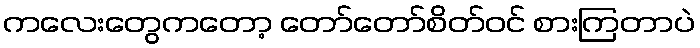
ကလေးတွေကတော့ တော်တော်စိတ်ဝင် စားကြတာပဲ